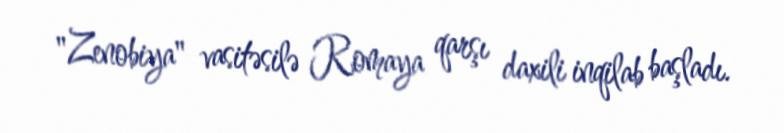
"Zenobiya" vasitəsilə Romaya qarşı daxili inqilab başladı.